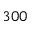
3 0 0